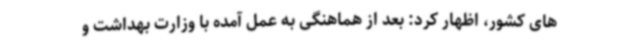
های کشور، اظهار کرد: بعد از هماهنگی به عمل آمده با وزارت بهداشت و